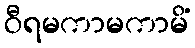
ဝီရမကာမကာမိံ